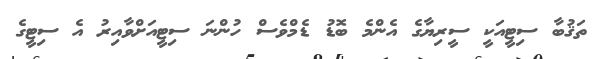
ތަޤުބާ ސިޓީއަކީ ސީރިޔާގެ އެންމެ ބޮޑު ޑެމްވެސް ހުންނަ ސިޓީއަށްވާއިރު އެ ސިޓީގެ